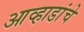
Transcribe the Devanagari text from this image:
आव्हाडांचे